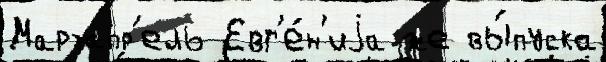
Мартапр'ель Евг'е́н'иjа же вы́пуска